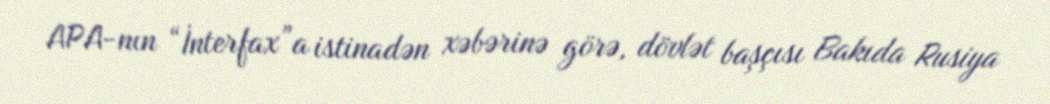
APA-nın “İnterfax”a istinadən xəbərinə görə, dövlət başçısı Bakıda Rusiya